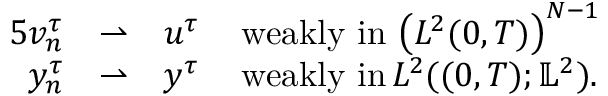
\begin{array} { r l r l } { { 5 } v _ { n } ^ { \tau } } & { \rightharpoonup } & { u ^ { \tau } \, } & { \mathrm { w e a k l y ~ i n } \, \left( L ^ { 2 } ( 0 , T ) \right) ^ { N - 1 } } \\ { y _ { n } ^ { \tau } } & { \rightharpoonup } & { y ^ { \tau } \, } & { \mathrm { w e a k l y ~ i n } \, L ^ { 2 } ( ( 0 , T ) ; \mathbb L ^ { 2 } ) . } \end{array}